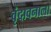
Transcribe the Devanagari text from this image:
वृंदावनाला